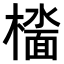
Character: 𫞑